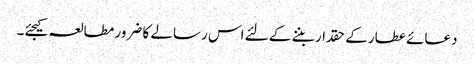
دعائے عطار کے حقدار بننے کے لئے اس رسالے کا ضرور مطالعہ کیجئے۔